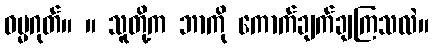
ဓမ္မဂုတ်။ ။ သူတို့က ဘာကို ကောက်ချက်ချကြသလဲ။